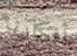
أفكارنا